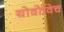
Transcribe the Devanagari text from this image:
योवोविच